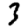
Digit: 3